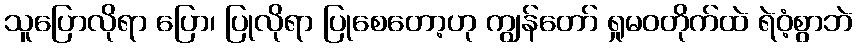
သူပြောလိုရာ ပြော၊ ပြုလိုရာ ပြုစေတော့ဟု ကျွန်တော် ရှုမဝတိုက်ထဲ ရဲဝံ့စွာဘဲ